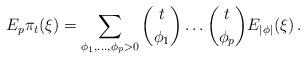
LaTeX: \begin{align*}E_p\pi_t(\xi)=\sum_{\phi_1,\ldots,\phi_p>0}\binom{t}{\phi_1}\ldots\binom{t}{\phi_p}E_{|\phi|}(\xi)\,.\end{align*}